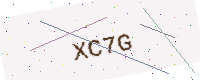
Text: XC7G